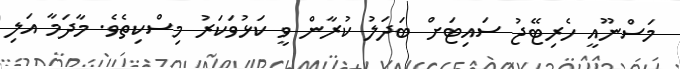
މަސްނޫއީ ހެރިޓޭޖު ސައިޓަށް ބަދަލު ކުރާން ވީ ކަޅުވަކަރު މިސްކިތެވެ. މާދަމާ އަލި